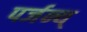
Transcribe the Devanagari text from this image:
पर्जन्य्